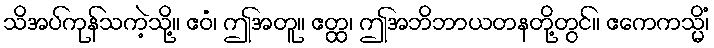
သိအပ်ကုန်သကဲ့သို့။ ဧဝံ၊ ဤအတူ။ ဧတ္ထ၊ ဤအဘိဘာယတနတို့တွင်။ ဧကေကသ္မိံ၊